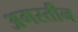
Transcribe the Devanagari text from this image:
अगस्तीन